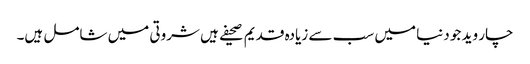
چار وید جو دنیا میں سب سے زیادہ قدیم صحیفے ہیں شروتی میں شامل ہیں۔